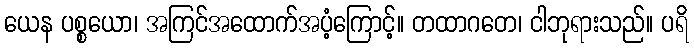
ယေန ပစ္စယော၊ အကြင်အထောက်အပံ့ကြောင့်။ တထာဂတေ၊ ငါဘုရားသည်။ ပရိ